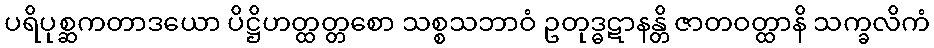
ပရိပုစ္ဆကတာဒယော ပိဋ္ဌိဟတ္ထတ္တစော သစ္စသဘာဝံ ဥတုဒ္ဓဋာနန္တိ ဇာတဝတ္ထာနိ သက္ခလိကံ